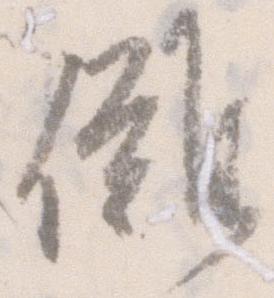
儺